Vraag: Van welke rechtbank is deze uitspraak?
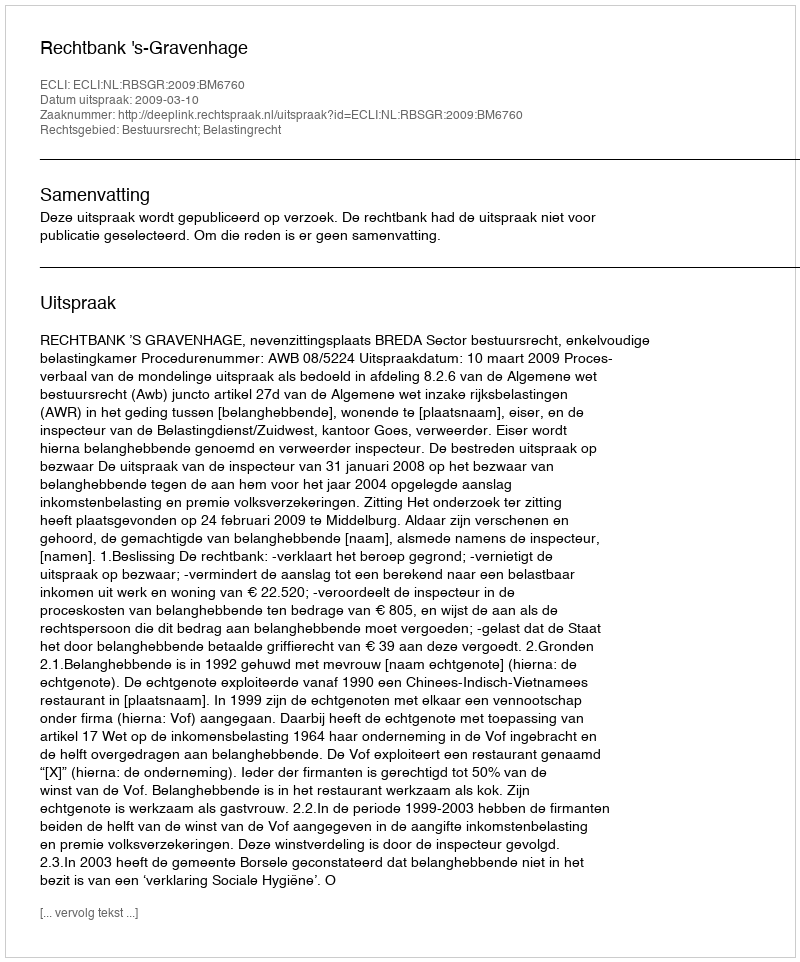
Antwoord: Rechtbank 's-Gravenhage